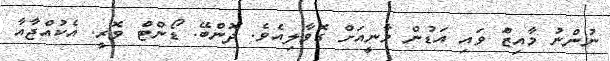
ނުންނު މާއިޒަް ވައި އަޑުން މާނީއަށް ގޮވާލިއެވެ. ދޮންބޭ. ޑޯންޓް ވޮރީ. އެކުއްޖާއާ